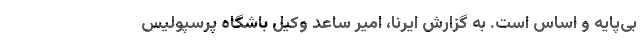
بی‌پایه و اساس است. به گزارش ایرنا، امیر ساعد وکیل باشگاه پرسپولیس